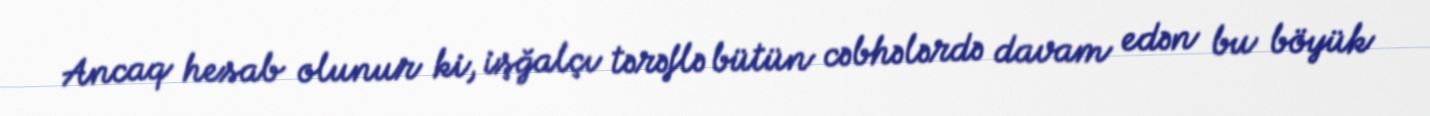
Ancaq hesab olunur ki, işğalçı tərəflə bütün cəbhələrdə davam edən bu böyük